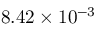
8 . 4 2 \times 1 0 ^ { - 3 }